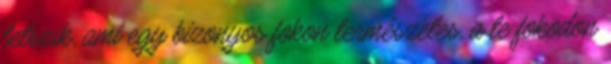
tetszik, ami egy bizonyos fokon természetes, a te fokodon